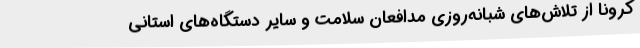
کرونا از تلاش‌های شبانه‌روزی مدافعان سلامت و سایر دستگاه‌های استانی